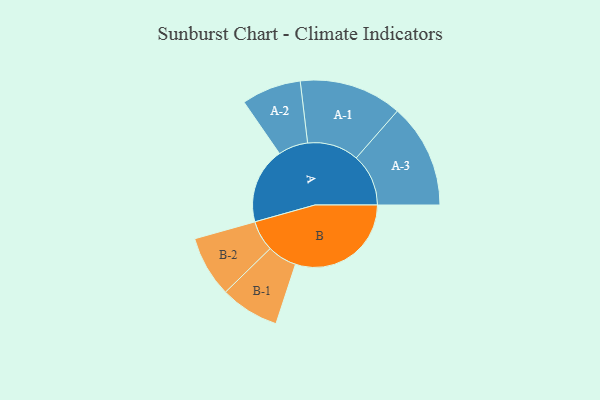
{"axis": {"x": "Segment", "y": "Value"}, "legend": ["", "A", "B"], "data": [{"x": "A", "y": 281, "type": ""}, {"x": "B", "y": 428, "type": ""}, {"x": "A-1", "y": 190, "type": "A"}, {"x": "A-2", "y": 110, "type": "A"}, {"x": "A-3", "y": 193, "type": "A"}, {"x": "B-1", "y": 109, "type": "B"}, {"x": "B-2", "y": 113, "type": "B"}]}